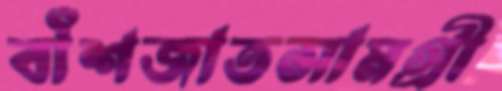
বাঁশজাতসামগ্রী